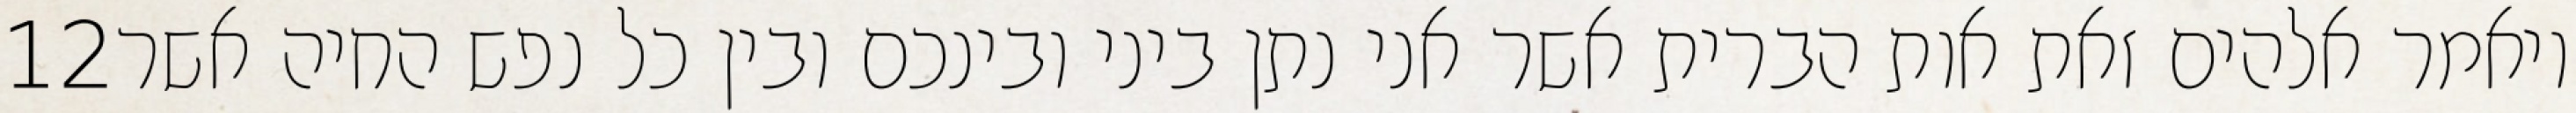
‎12‏ ויאמר אלהים זאת אות הברית אשר אני נתן ביני ובינכם ובין כל נפש החיה אשר